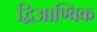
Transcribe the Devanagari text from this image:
द्विआण्विक